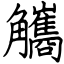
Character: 觿